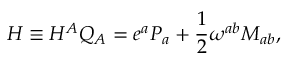
H \equiv H ^ { A } Q _ { A } = e ^ { a } P _ { a } + \frac { 1 } { 2 } \omega ^ { a b } M _ { a b } ,